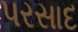
પરસાદ